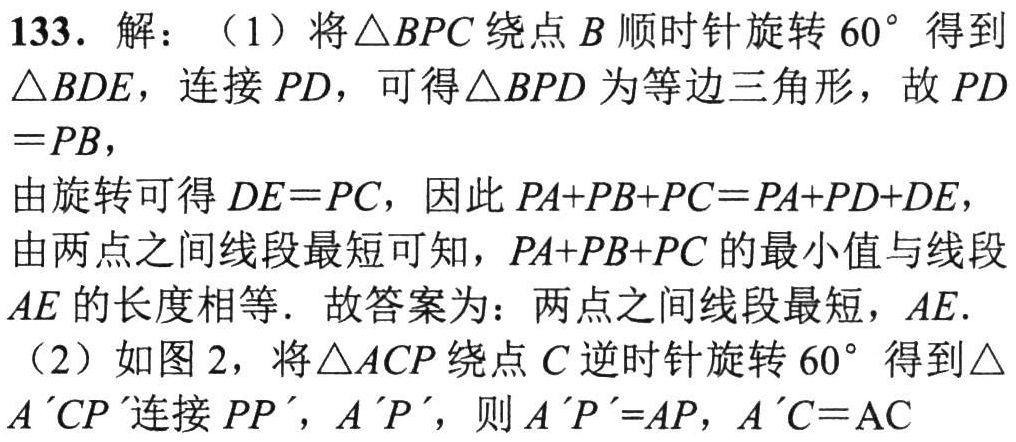
133. 解：（1）将\(\triangle BPC\)绕点\(B\)顺时针旋转\(60^{\circ}\)得到\(\triangle BDE\)，连接\(PD\)，可得\(\triangle BPD\)为等边三角形，故\(PD = PB\)，

由旋转可得\(DE = PC\)，因此\(PA + PB + PC=PA + PD + DE\)，

由两点之间线段最短可知，\(PA + PB + PC\)的最小值与线段\(AE\)的长度相等. 故答案为：两点之间线段最短，\(AE\).

（2）如图2，将\(\triangle ACP\)绕点\(C\)逆时针旋转\(60^{\circ}\)得到\(\triangle A'CP'\)连接\(PP'\)，\(A'P'\)，则\(A'P' = AP\)，\(A'C = AC\)